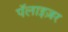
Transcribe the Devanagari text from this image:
पॅलाइज़र